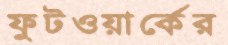
ফুটওয়ার্কের